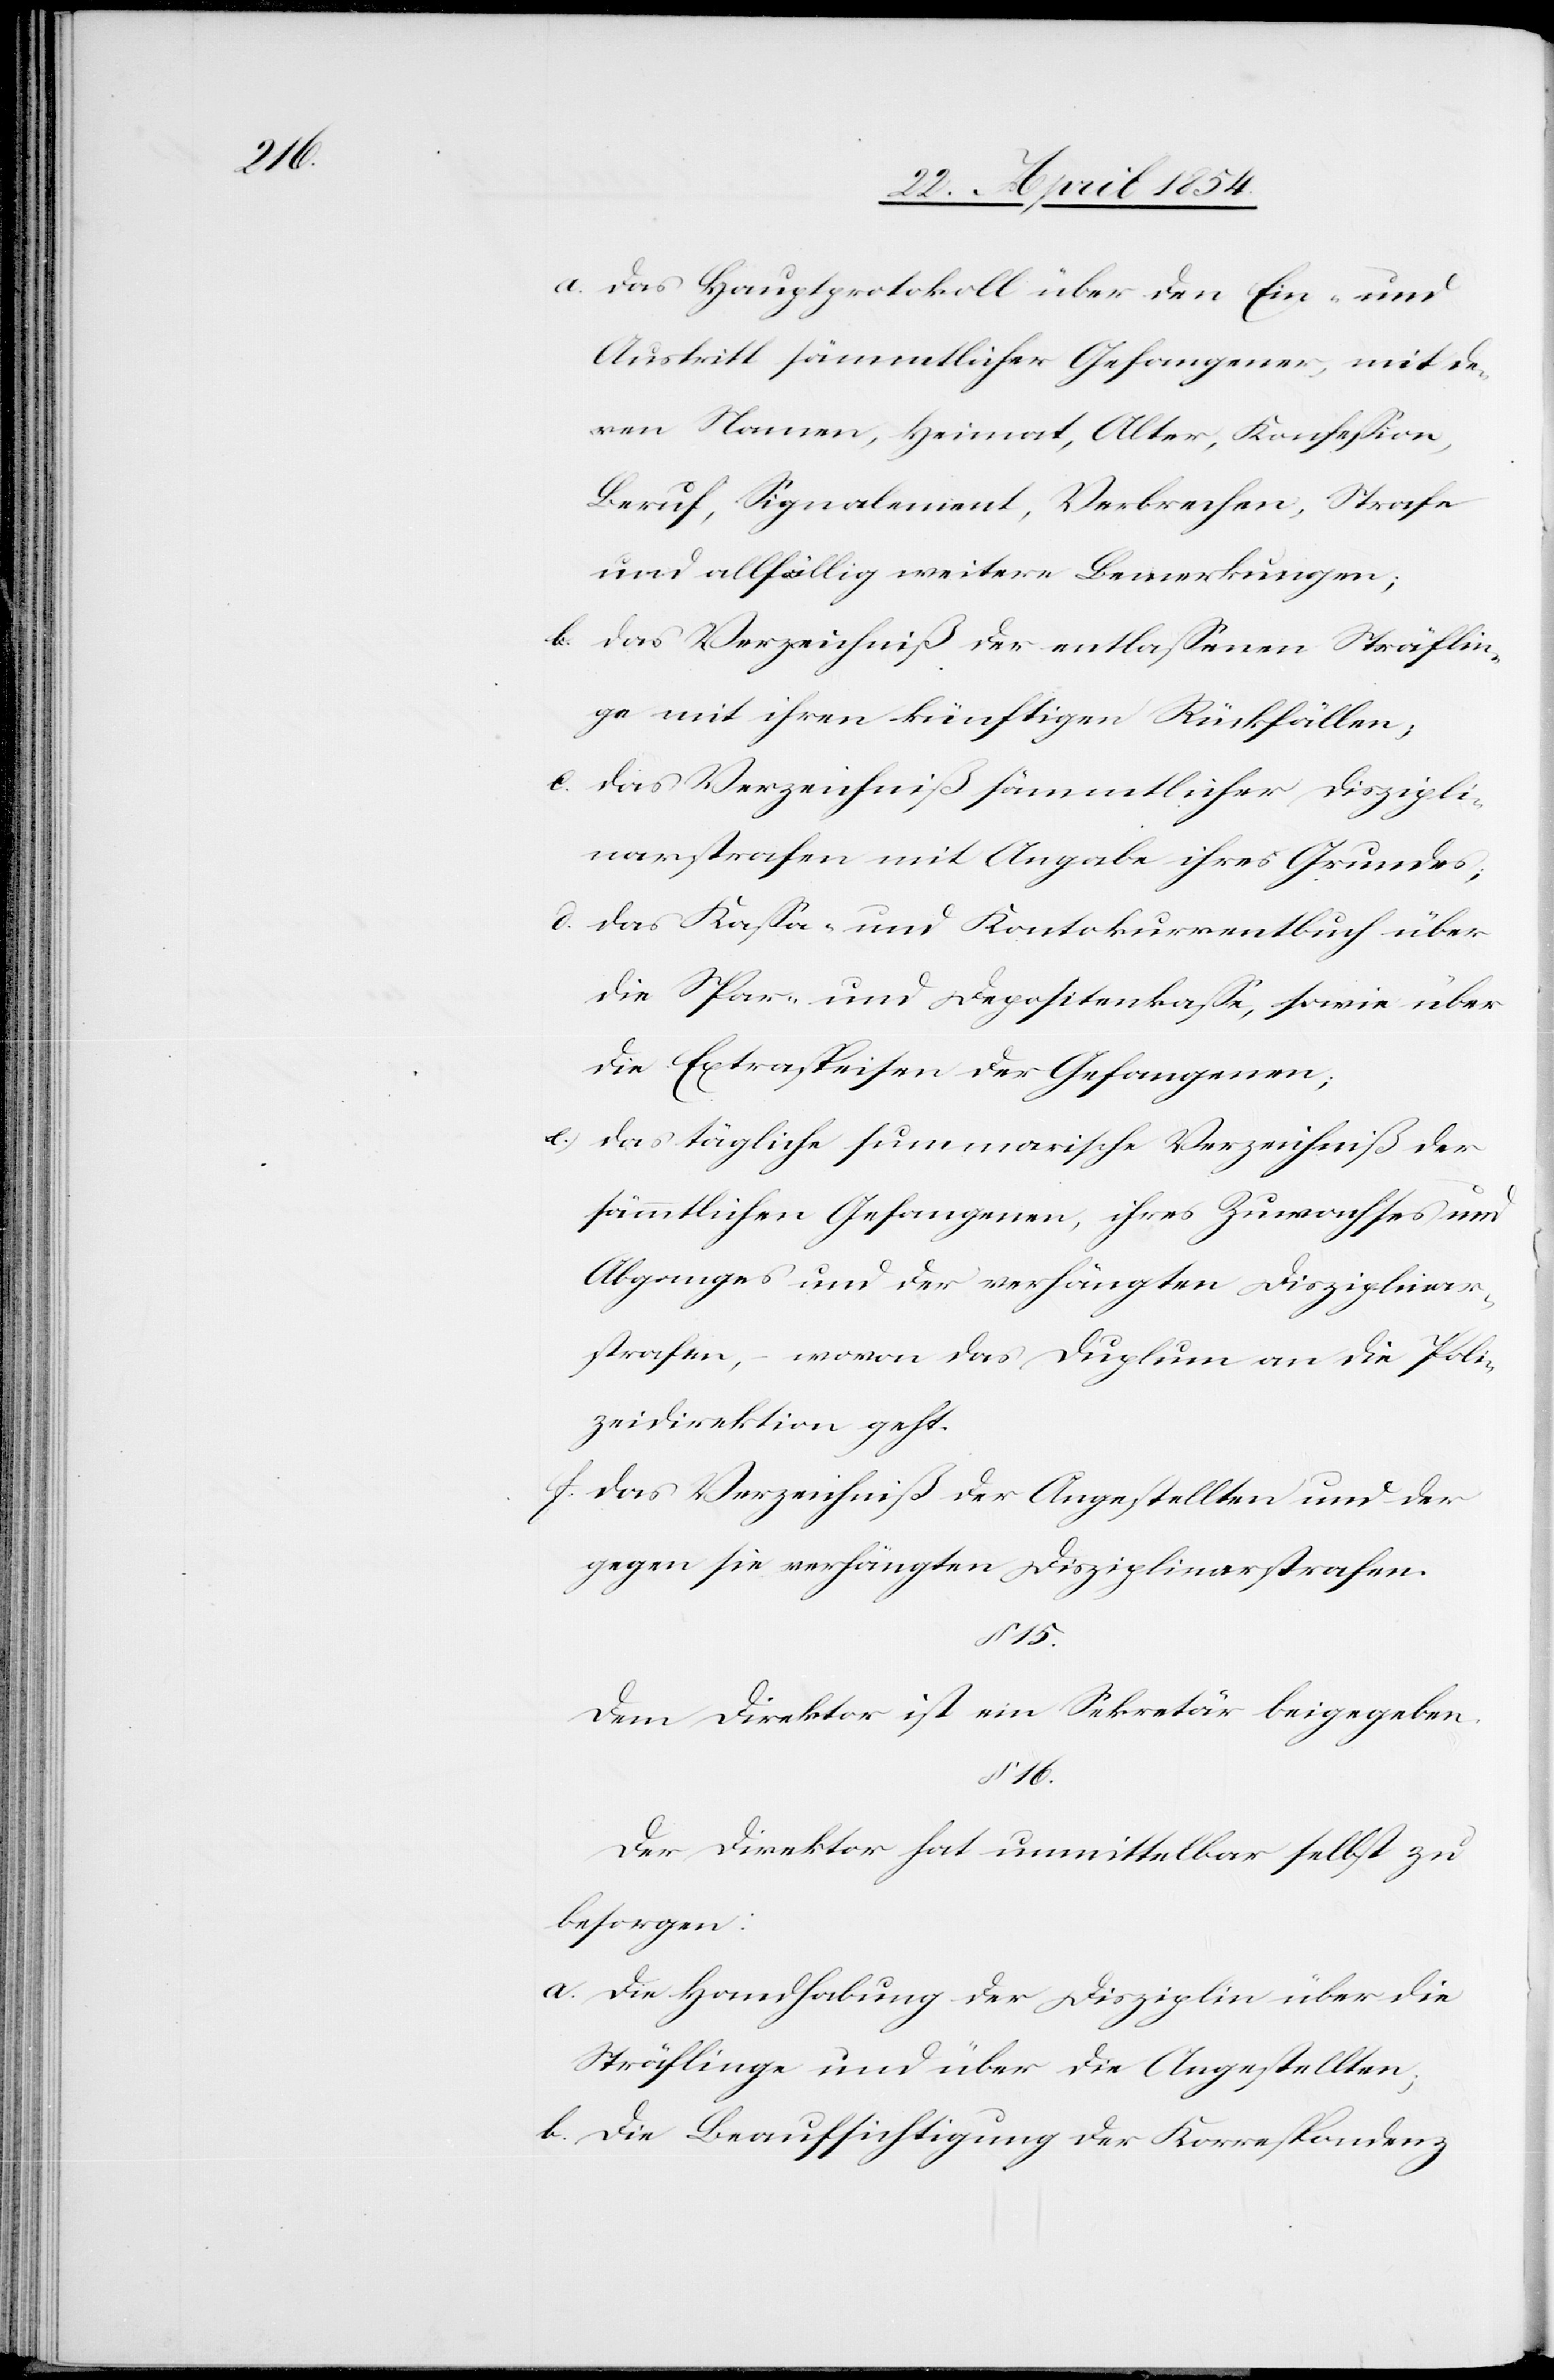
a.) das Hauptprotokoll über den Ein- und
Austritt sämmtlicher Gefangener, mit de¬
ren Namen, Heimat, Alter, Konfeßion,
Beruf, Signalement, Verbrechen, Strafe
und allfällig weitere Bemerkungen;
b.) das Verzeichniß der entlaßenen Sträflin¬
ge mit ihren künftigen Rückfällen;
c.) das Verzeichniß sämmtlicher Diszipli¬
narstrafen mit Angabe ihres Grundes;
d.) das Kaßa- und Kontokurrentbuch über
die Spar- und Depositenkaße, sowie über
die Extraspeisen der Gefangenen;
e.) das tägliche summarische Verzeichniß der
sämmtlichen Gefangenen, ihres Zuwachses und
Abganges und der verhängten Disziplinar¬
strafen, – wovon das Duplum an die Poli¬
zeidirektion geht.
f.) das Verzeichniß der Angestellten und der
gegen sie verhängten Disziplinarstrafen.
§ 15.
Dem Direktor ist ein Sekretär beigegeben.
§ 16.
Der Direktor hat unmittelbar selbst zu
besorgen:
a. die Handhabung der Disziplin über die
Sträflinge und über die Angestellten;
b. die Beaufsichtigung der Korrespondenz